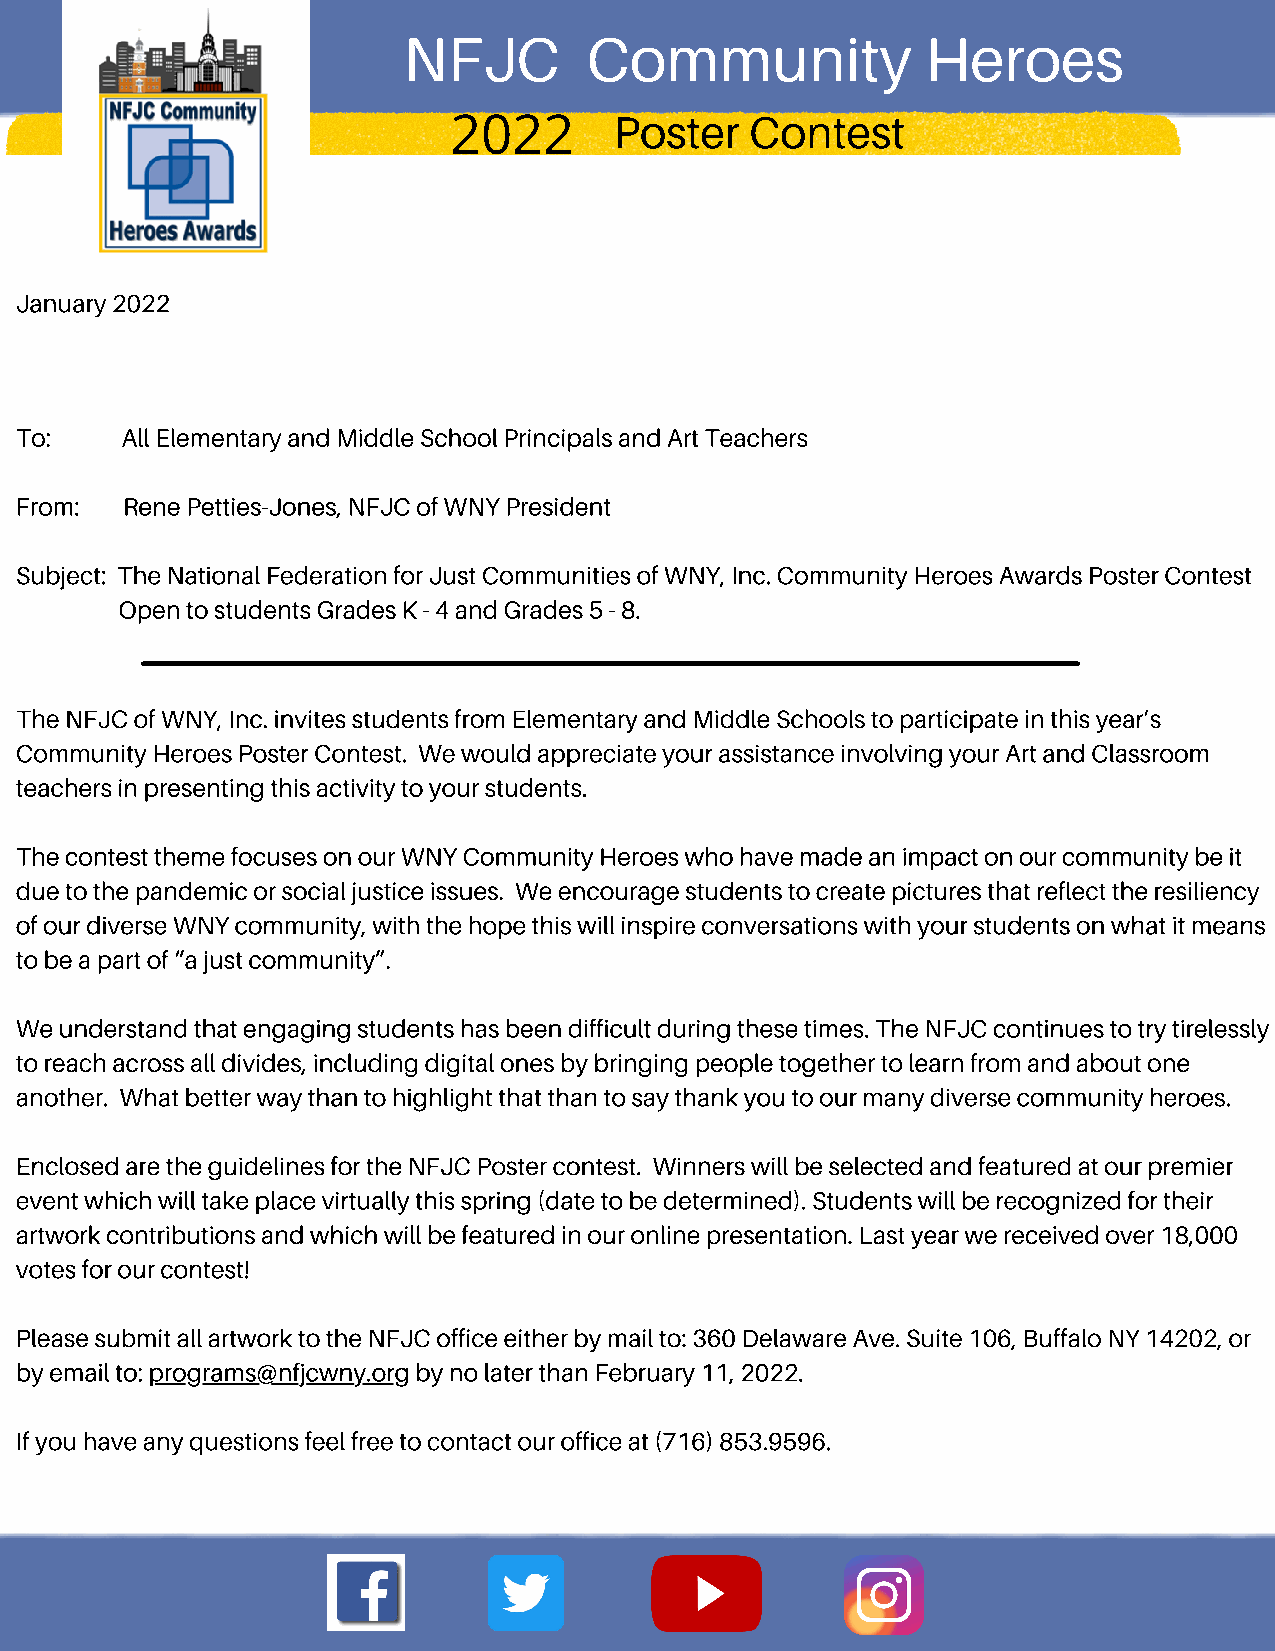
NFJC        Community             Heroes
 Poster   Contest
 2022
 January 2022
 To:    All Elementary and Middle School Principals and Art Teachers
 From:  Rene Petties-Jones, NFJC of WNY President
 Subject: The National Federation for Just Communities of WNY, Inc. Community Heroes Awards Poster Contest
 Open to students Grades K - 4 and Grades 5 - 8.
 The NFJC of WNY, Inc. invites students from Elementary and Middle Schools to participate in this year’s
 Community Heroes Poster Contest. We would appreciate your assistance involving your Art and Classroom
 teachers in presenting this activity to your students.
 The contest theme focuses on our WNY Community Heroes who have made an impact on our community be it
 due to the pandemic or social justice issues. We encourage students to create pictures that reflect the resiliency
 of our diverse WNY community, with the hope this will inspire conversations with your students on what it means
 to be a part of “a just community”.
 We understand that engaging students has been difficult during these times. The NFJC continues to try tirelessly
 to reach across all divides, including digital ones by bringing people together to learn from and about one
 another. What better way than to highlight that than to say thank you to our many diverse community heroes.
 Enclosed are the guidelines for the NFJC Poster contest. Winners will be selected and featured at our premier
 event which will take place virtually this spring (date to be determined). Students will be recognized for their
 artwork contributions and which will be featured in our online presentation. Last year we received over 18,000
 votes for our contest!
 Please submit all artwork to the NFJC office either by mail to: 360 Delaware Ave. Suite 106, Buffalo NY 14202, or
 by email to: programs@nfjcwny.org by no later than February 11, 2022.
 If you have any questions feel free to contact our office at (716) 853.9596.